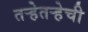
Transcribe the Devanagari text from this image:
तर्‍हेतर्‍हेची